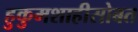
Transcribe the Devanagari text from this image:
हुकुमशाहीसोबत